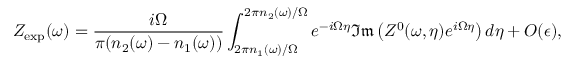
Z _ { \mathrm { e x p } } ( \omega ) = \frac { i \Omega } { \pi ( n _ { 2 } ( \omega ) - n _ { 1 } ( \omega ) ) } \int _ { 2 \pi n _ { 1 } ( \omega ) / \Omega } ^ { 2 \pi n _ { 2 } ( \omega ) / \Omega } e ^ { - i \Omega \eta } \mathfrak { I m } \left( Z ^ { 0 } ( \omega , \eta ) e ^ { i \Omega \eta } \right) d \eta + O ( \epsilon ) ,